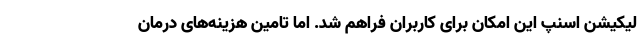
لیکیشن اسنپ این امکان برای کاربران فراهم شد. اما تامین هزینه‌های درمان